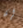
إن